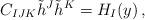
LaTeX: \begin{align*} C_{IJK}\tilde h^J \tilde h^K = H_I(y) \,,\end{align*}